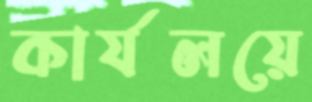
কার্যলয়ে